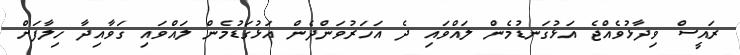
ރައީސް ވިދާޅުވެއްޖެ އަޅުގަނޑުމެން ލައްވައި ދެ އަހަރުވަންދެން އަޅުގަޑުމެން ލައްވައި ގަވާއިދާ ހިލާފަށް